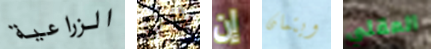
الزراعية راقب إن ويتمان المقلي